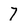
Character: 7